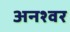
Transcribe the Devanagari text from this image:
अनश्‍वर